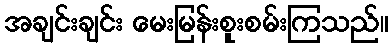
အချင်းချင်း မေးမြန်းစူးစမ်းကြသည်။